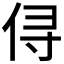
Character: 𰂃